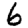
Digit: 6